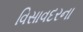
વિસાવદરના